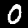
Label: 0